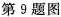
第9题图